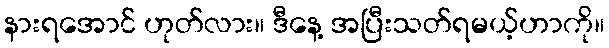
နားရအောင် ဟုတ်လား။ ဒီနေ့ အပြီးသတ်ရမယ့်ဟာကို။